Vaccination in Bombay 1889-1901 - 1889-1901
Year: 1889
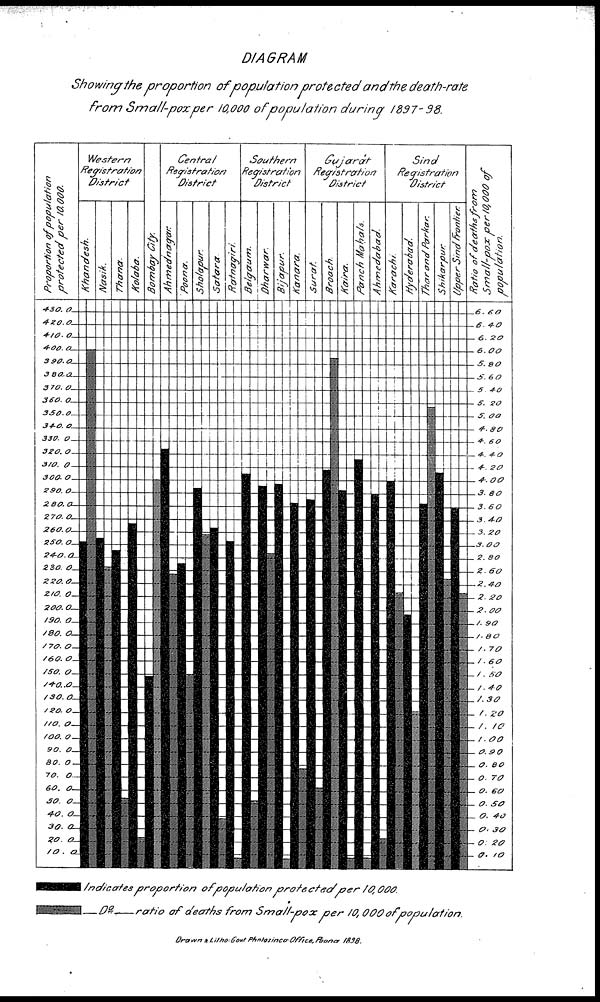
DIAGRAM
Showing the proportion
of population protected
and the death-rate
from Small-pox per 10,000 of population
during
1897- 98.